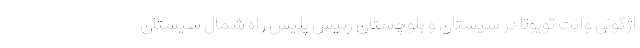
اژگونی وانت تویوتا در سیستان و بلوچستان رئیس پلیس راه شمال سیستان